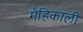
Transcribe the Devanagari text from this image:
मेहिकाली